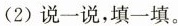
(2)说一说，填一填。